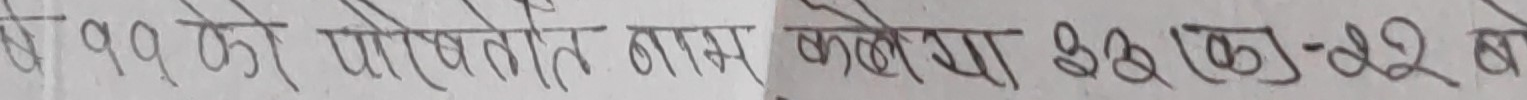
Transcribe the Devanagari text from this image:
वर्ष ११ को परिवर्तित नाम कको या १७ कि.मि-१२ को